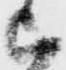
被